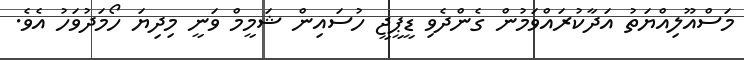
މަސްއޫލިއްޔަތު އަދާކުރައްވަމުން ގެންދެވި ޑީޕީޖީ ހުސައިން ޝަމީމް ވަނީ މިދިޔަ ހޯމަދުވަހު އެވެ.